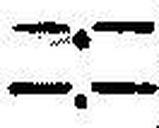
—.—